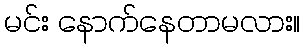
မင်း နောက်နေတာမလား။